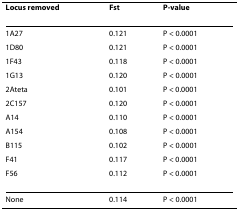
<table><thead><tr><td><b>Locus removed</b></td><td><b>Fst</b></td><td><b>P-value</b></td></tr></thead><tbody><tr><td>1A27</td><td>0.121</td><td>P &lt; 0.0001</td></tr><tr><td>1D80</td><td>0.121</td><td>P &lt; 0.0001</td></tr><tr><td>1F43</td><td>0.118</td><td>P &lt; 0.0001</td></tr><tr><td>1G13</td><td>0.120</td><td>P &lt; 0.0001</td></tr><tr><td>2Ateta</td><td>0.101</td><td>P &lt; 0.0001</td></tr><tr><td>2C157</td><td>0.120</td><td>P &lt; 0.0001</td></tr><tr><td>A14</td><td>0.110</td><td>P &lt; 0.0001</td></tr><tr><td>A154</td><td>0.108</td><td>P &lt; 0.0001</td></tr><tr><td>B115</td><td>0.102</td><td>P &lt; 0.0001</td></tr><tr><td>F41</td><td>0.117</td><td>P &lt; 0.0001</td></tr><tr><td>F56</td><td>0.112</td><td>P &lt; 0.0001</td></tr><tr><td>None</td><td>0.114</td><td>P &lt; 0.0001</td></tr></tbody></table>